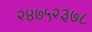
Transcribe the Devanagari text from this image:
२४७५२३७८